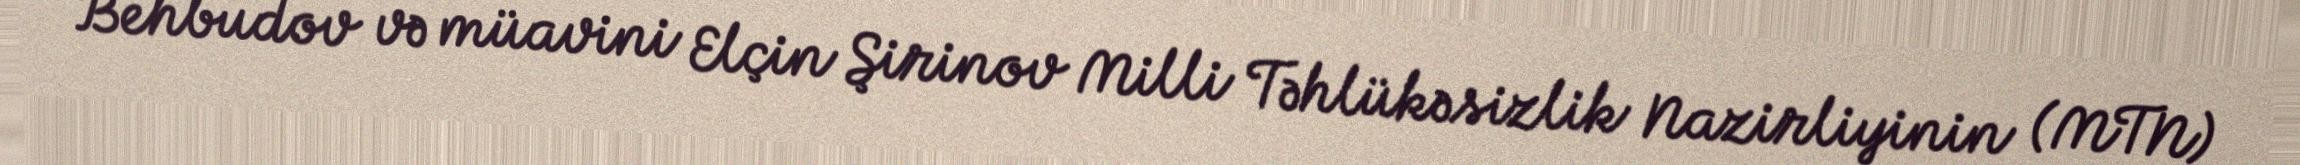
Behbudov və müavini Elçin Şirinov Milli Təhlükəsizlik Nazirliyinin (MTN)